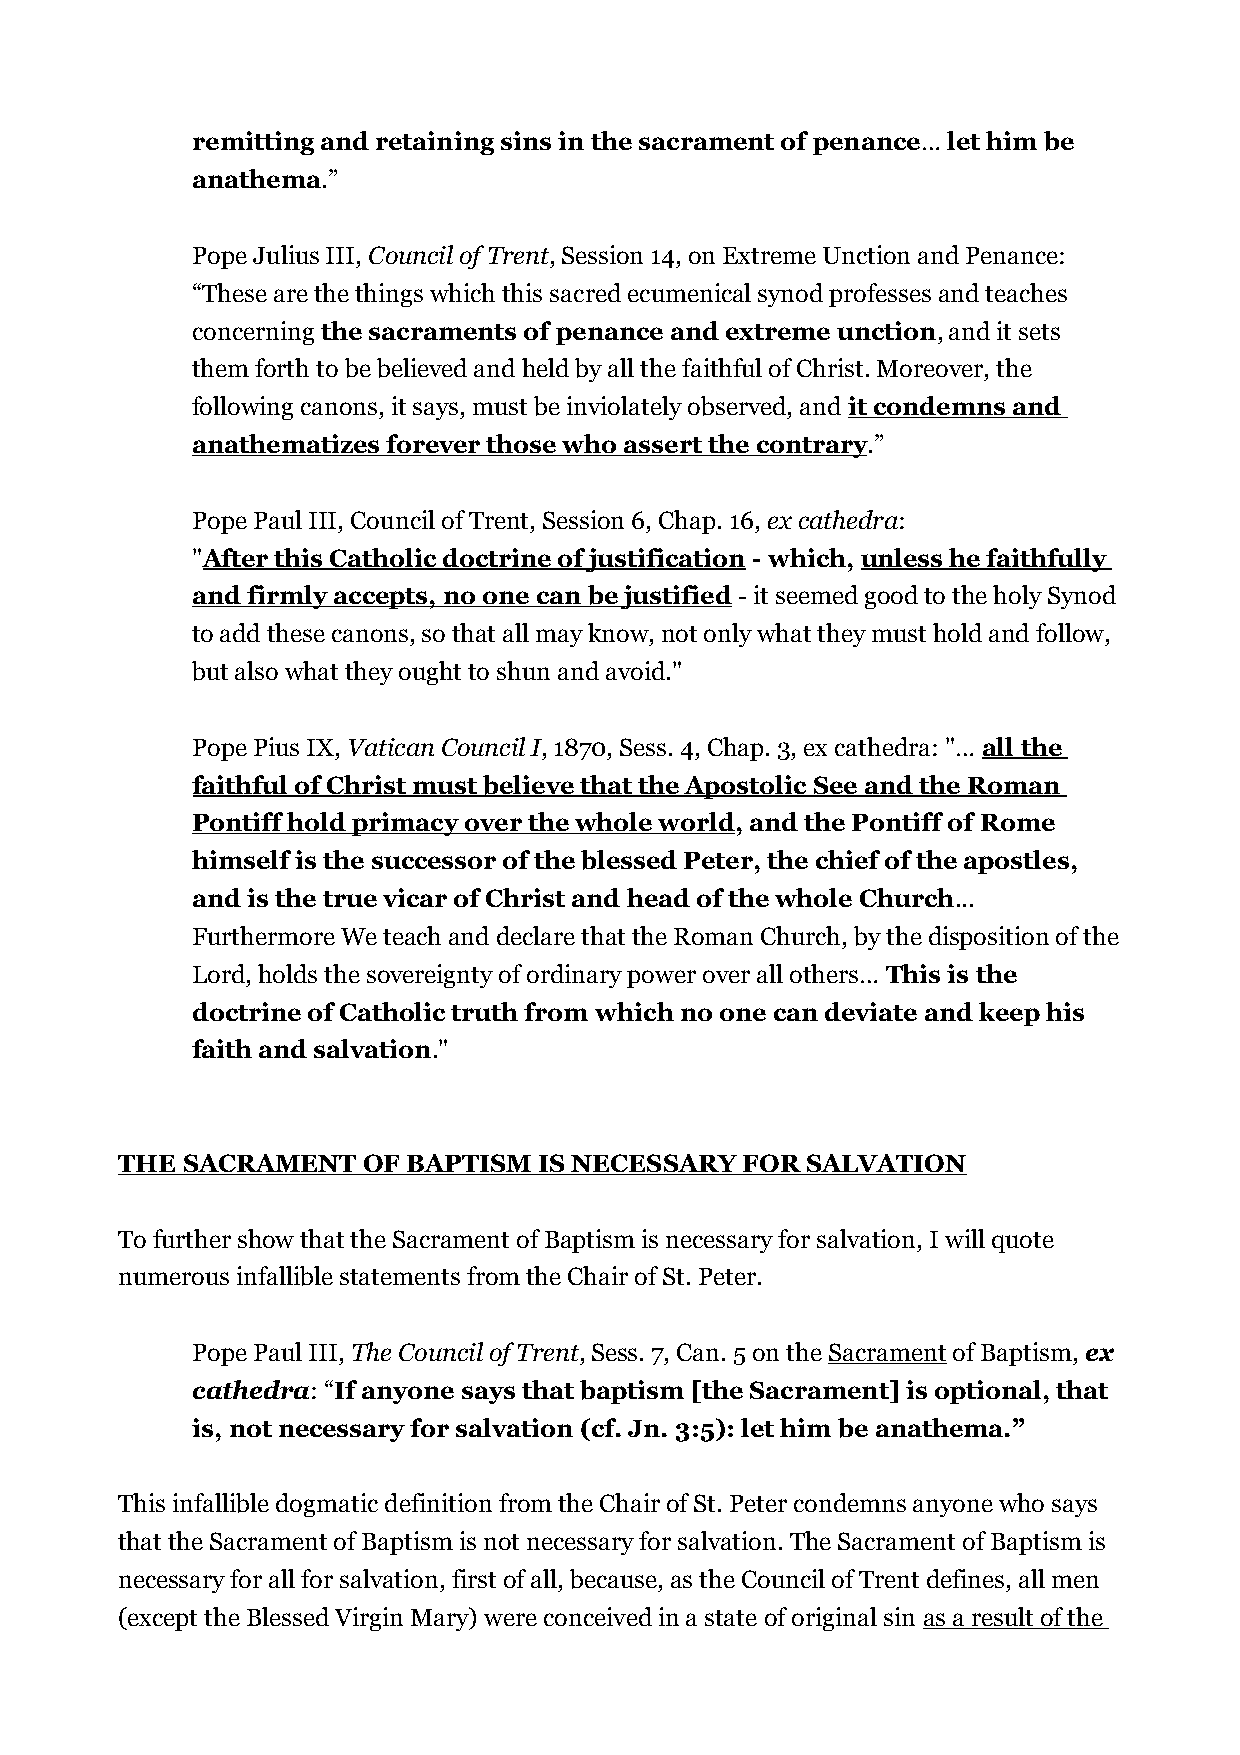
remitting and retaining sins in the sacrament of penance… let him be
 anathema.”
 Pope Julius III, Council of Trent, Session 14, on Extreme Unction and Penance:
 “These are the things which this sacred ecumenical synod professes and teaches
 concerning the sacraments of penance and extreme unction, and it sets
 them forth to be believed and held by all the faithful of Christ. Moreover, the
 following canons, it says, must be inviolately observed, and it condemns and
 anathematizes forever those who assert the contrary.”
 Pope Paul III, Council of Trent, Session 6, Chap. 16, ex cathedra:
 "After this Catholic doctrine of justification - which, unless he faithfully
 and firmly accepts, no one can be justified - it seemed good to the holy Synod
 to add these canons, so that all may know, not only what they must hold and follow,
 but also what they ought to shun and avoid."
 Pope Pius IX, Vatican Council I, 1870, Sess. 4, Chap. 3, ex cathedra: "… all the
 faithful of Christ must believe that the Apostolic See and the Roman
 Pontiff hold primacy over the whole world, and the Pontiff of Rome
 himself is the successor of the blessed Peter, the chief of the apostles,
 and is the true vicar of Christ and head of the whole Church...
 Furthermore We teach and declare that the Roman Church, by the disposition of the
 Lord, holds the sovereignty of ordinary power over all others… This is the
 doctrine of Catholic truth from which no one can deviate and keep his
 faith and salvation."
 THE SACRAMENT   OF BAPTISM  IS NECESSARY FOR SALVATION
 To further show that the Sacrament of Baptism is necessary for salvation, I will quote
 numerous infallible statements from the Chair of St. Peter.
 Pope Paul III, The Council of Trent, Sess. 7, Can. 5 on the Sacrament of Baptism, ex
 cathedra: “If anyone says that baptism [the Sacrament] is optional, that
 is, not necessary for salvation (cf. Jn. 3:5): let him be anathema.”
 This infallible dogmatic definition from the Chair of St. Peter condemns anyone who says
 that the Sacrament of Baptism is not necessary for salvation. The Sacrament of Baptism is
 necessary for all for salvation, first of all, because, as the Council of Trent defines, all men
 (except the Blessed Virgin Mary) were conceived in a state of original sin as a result of the